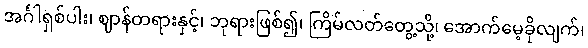
အင်္ဂါရှစ်ပါး၊ ဈာန်တရားနှင့်၊ ဘုရားဖြစ်၍၊ ကြိမ်လတ်တွေ့သို့၊ အောက်မေ့ခိုလျက်၊